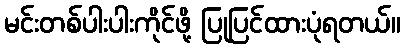
မင်းတစ်ပါးပါးကိုင်ဖို့ ပြုပြင်ထားပုံရတယ်။